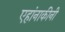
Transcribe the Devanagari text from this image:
एहांनाकीनी